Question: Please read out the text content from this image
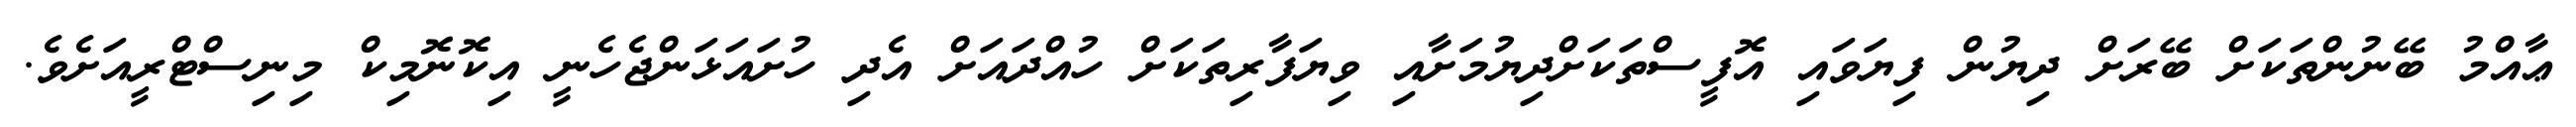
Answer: ޢާއްމު ބޭނުންތަކަށް ބޭރަށް ދިޔުން ފިޔަވައި އޮފީސްތަކަށްދިޔުމަށާއި ވިޔަފާރިތަކަށް ހުއްދައަށް އެދި ހުށައަޅަންޖެހެނީ އިކޮނޮމިކް މިނިސްޓްރީއަށެވެ.